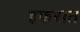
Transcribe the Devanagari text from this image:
इफरात